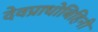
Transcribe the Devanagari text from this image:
देवप्राधोबिहिनी